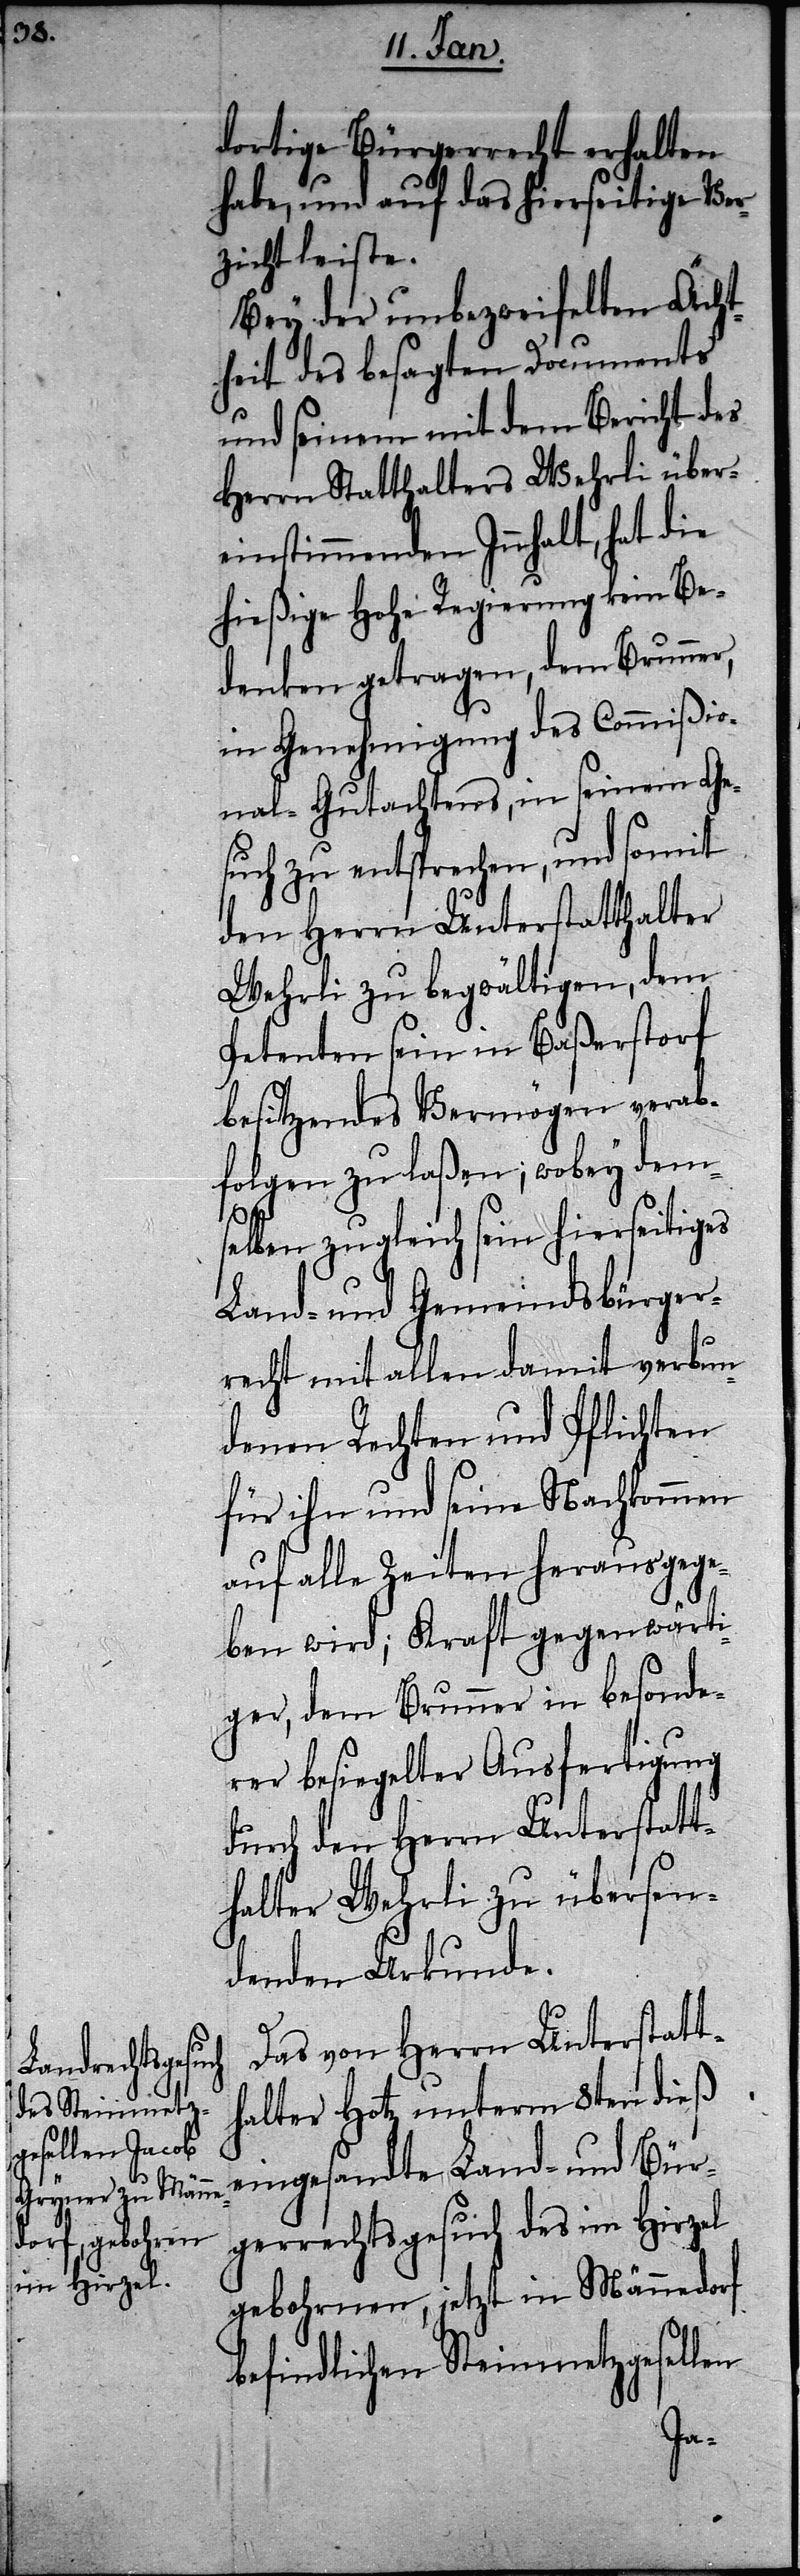
dortige Bürgerrecht erhalten
habe, und auf das hierseitige Ver¬
zicht leiste.
Bey der unbezweifelten Ächt¬
heit des besagten Documents
und seinem mit dem Bericht des
Herrn Statthalters Wehrli über¬
einstimmenden Innhalt, hat die
hießige Hohe Regierung kein Be¬
denken getragen, dem Brunner,
in Genehmigung des Commißio¬
nal-Gutachtens, in seinem Ge¬
such zu entsprechen, und somit
den Herrn Unterstatthalter
Wehrli zu begwältigen, dem
Petenten sein in Baßerstorf
besitzendes Vermögen verab¬
folgen zu laßen; wobey dems¬
elben zugleich sein hierseitiges
Land- und Gemeindsbürger¬
recht mit allen damit verbun¬
denen Rechten und Pflichten
für ihn und seine Nachkommen
auf alle Zeiten herausgege¬
ben wird; Kraft gegenwärti¬
ger, dem Brunner in besonde¬
rer besiegelter Ausfertigung
durch den Herrn Unterstatt¬
halter Wehrli zu übersen¬
denden Urkunde.
Das von Herrn Unterstatt¬
halter Hotz unterm 8ten dieß
eingesandte Land- und Bür¬
gerrechtsgesuch des im Hirzel
gebohrnen, jetzt in Männedorf
befindlichen Steinmetzgesellen